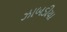
ઝાબડીયા